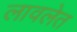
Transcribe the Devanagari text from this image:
लावलेत